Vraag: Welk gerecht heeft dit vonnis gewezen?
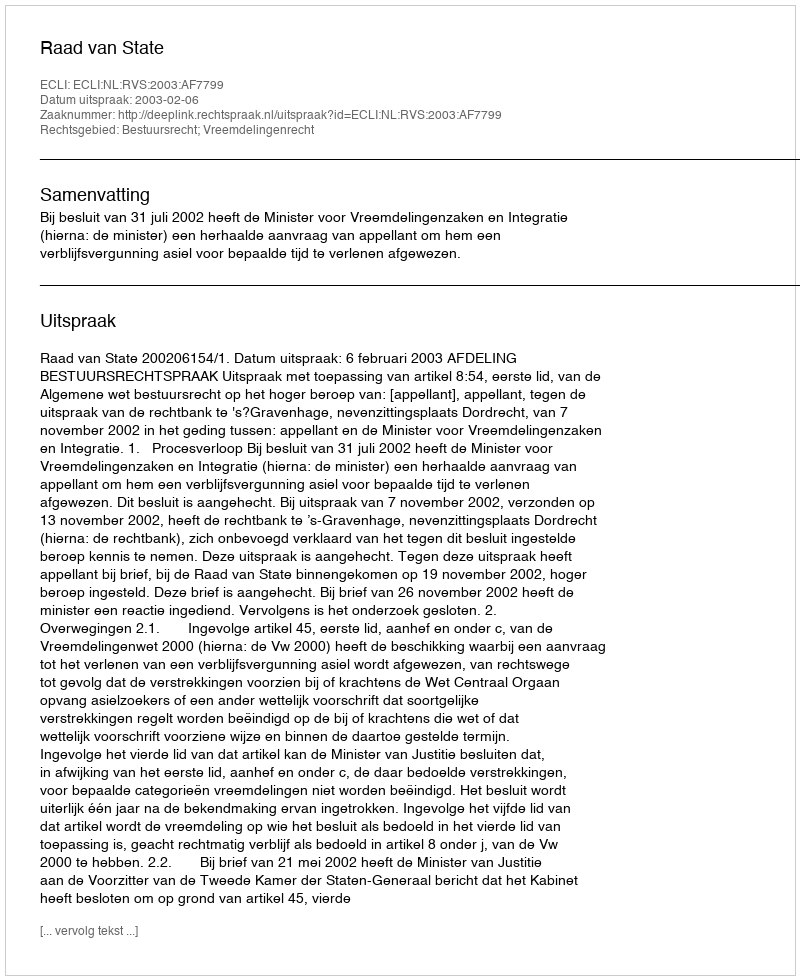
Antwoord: Raad van State